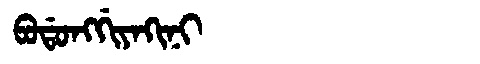
Manchu: ᠪᠣᡩᠣᠩᡤᡳᠶᠠᡴᡳᠨᡳ
Romanization: BODONGGIYAKINI